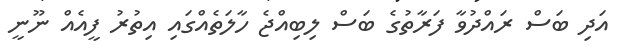
އަދި ބަސް ރައްދުވާ ފަރާތުގެ ބަސް ލިބިއްޖެ ހާލަތެއްގައި އިތުރު ފީއެއް ނޫނީ